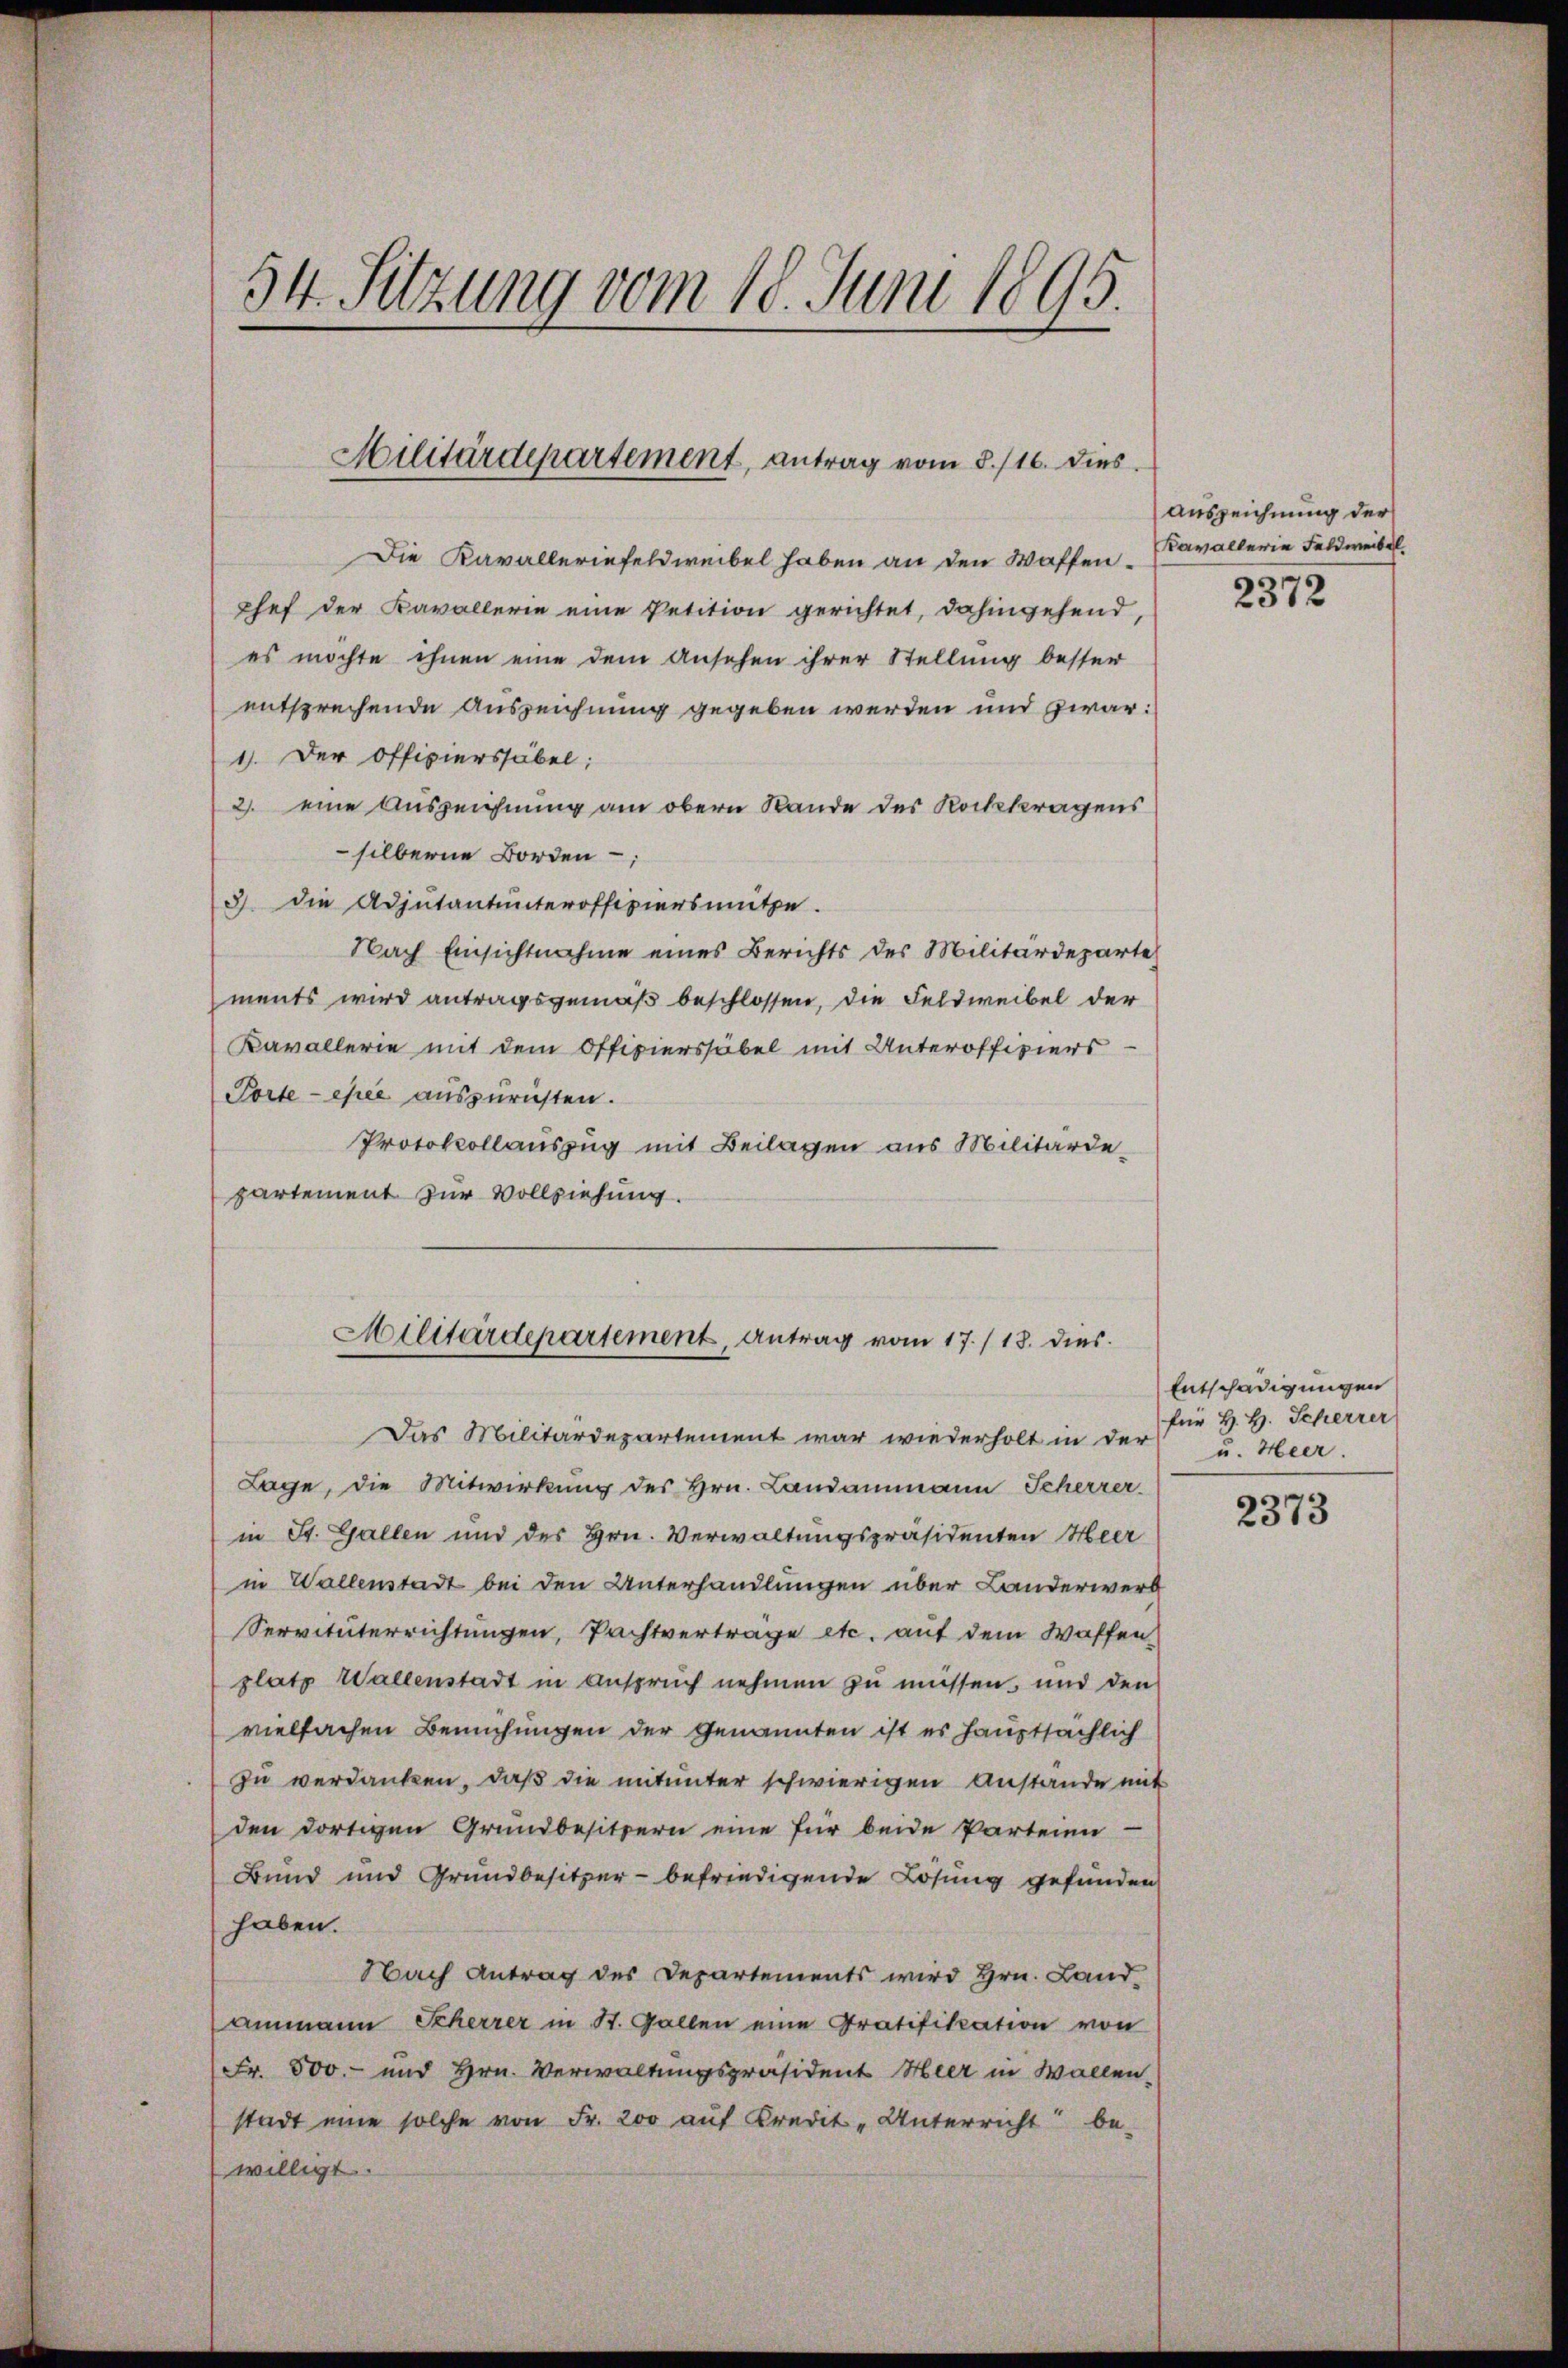
54. Sitzung vom 18. Juni 1895.

Hilitärdepartement, antrag vom 8./16. dies

Die Kavalleriefeldweibel haben an den Waffen¬
Chef der Kavallerie eine Petition gerichtet, dahingehend,
es möchte ihnen eine dem Ansehen ihrer Stellung besser
entsprechende Auszeichnung gegeben werden und zwar:
1). Der Officierssäbel;
2. eine Auszeichnung am obern Rande des Kochkragens
silberne Borden;
3) die Adjutantunteroffiziersmütze.
Nach Einsichtnahme eines Berichts des Militärdeparte
ments wird antragsgemäß beschlossen, die Feldweibel der
Kavallerie mit dem Officierssäbel mit Unteroffiziers
Porte - esee auszurichten.
Protokollauszug mit Beilagen aus Militärdepartement zur Vollziehung.
Das Militärdepartement war wiederholt in der
Lage, die Mitwirkung des Hrn. Landammann Scherrer
in St. Gallen und des Hrn. Verwaltungspräsidenten Heer
in Wallenstadt bei den Unterhandlungen über Landerwerb
Servitüterrichtungen, Pachtvertrage etc. auf dem Waffen
platz Wallenstadt in Anspruch nehmen zu müssen, und den
vielfachen Bemühungen der Genannten ist es hauptsächlich
zu verdanken, daß die mitunter schwierigen Anstande mit
den dortigen Grundbesitzern eine für beide Parteien
Bund und Grundbesitzer befriedigende Lösung gefunden
haben.
Nach Antrag des Departements wird Hrn. Land-
Ammann Scherrer in St. Gallen eine Gratifikation von
Fr. 500.- und Hrn. Verwaltungspräsident Heer in Wollen-
stadt eine solche von Fr. 200 auf Kredit-Unterricht be-
willigt.

Militärdepartement, Antrag vom 17./18. dies

Auszeichnung der
Kavallerie Feldweibel

2372

Entschädigungen
für H. H. Scherrer
u. Heer.

2373